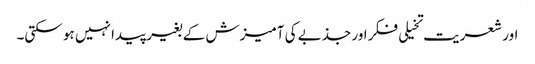
اور شعریت تخیلی فکر اور جذبے کی آمیزش کے بغیر پیدا نہیں ہو سکتی۔